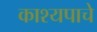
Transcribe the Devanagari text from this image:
काश्यपाचे